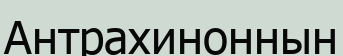
Антрахиноннын